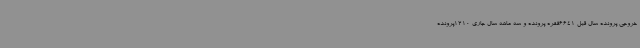
خروجی پرونده سال قبل 6641فقره پرونده و سه ماهه سال جاری 1210پرونده